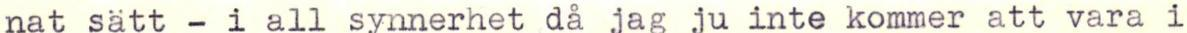
nat sätt - i all synnerhet då jag ju inte kommer att vara i